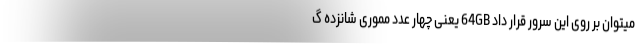
میتوان بر روی این سرور قرار داد 64GB یعنی چهار عدد مموری شانزده گ